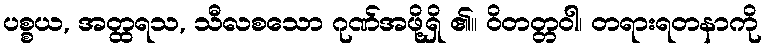
ပစ္စယ, အတ္ထရသ, သီလစသော ဂုဏ်အဖို့ရှိ ၏။ ဝိတတ္တဝါ၊ တရားရတနာကို